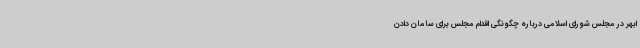
ابهر در مجلس شورای اسلامی درباره چگونگی اقدام مجلس برای سامان دادن